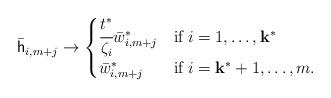
LaTeX: \begin{align*}\bar{\mathsf h}_{i,m+j} \rightarrow \begin{cases} \cfrac{t^*}{\zeta_i}\bar{w}^*_{i,m+j} &\mbox{if} \; i =1,\ldots,\mathbf k^*\\ \bar{w}^*_{i,m+j} &\mbox{if}\; i=\mathbf k^*+1,\ldots,m. \end{cases}\end{align*}